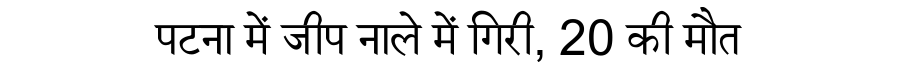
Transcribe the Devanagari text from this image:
पटना में जीप नाले में गिरी, 20 की मौत